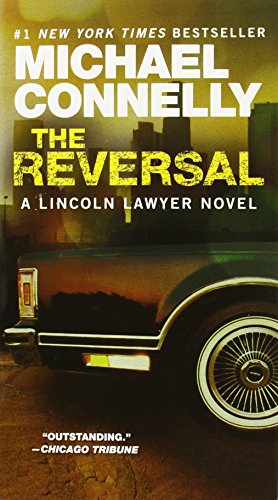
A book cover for The Reversal (A Lincoln Lawyer Novel); Michael Connelly; Mystery, Thriller & Suspense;